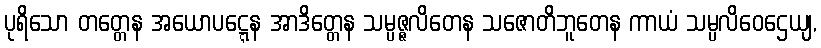
ပုရိသော တတ္တေန အယောပဋ္ဋေန အာဒိတ္တေန သမ္ပဇ္ဇလိတေန သဇောတိဘူတေန ကာယံ သမ္ပလိဝေဌေယျ,